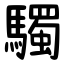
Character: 䮷